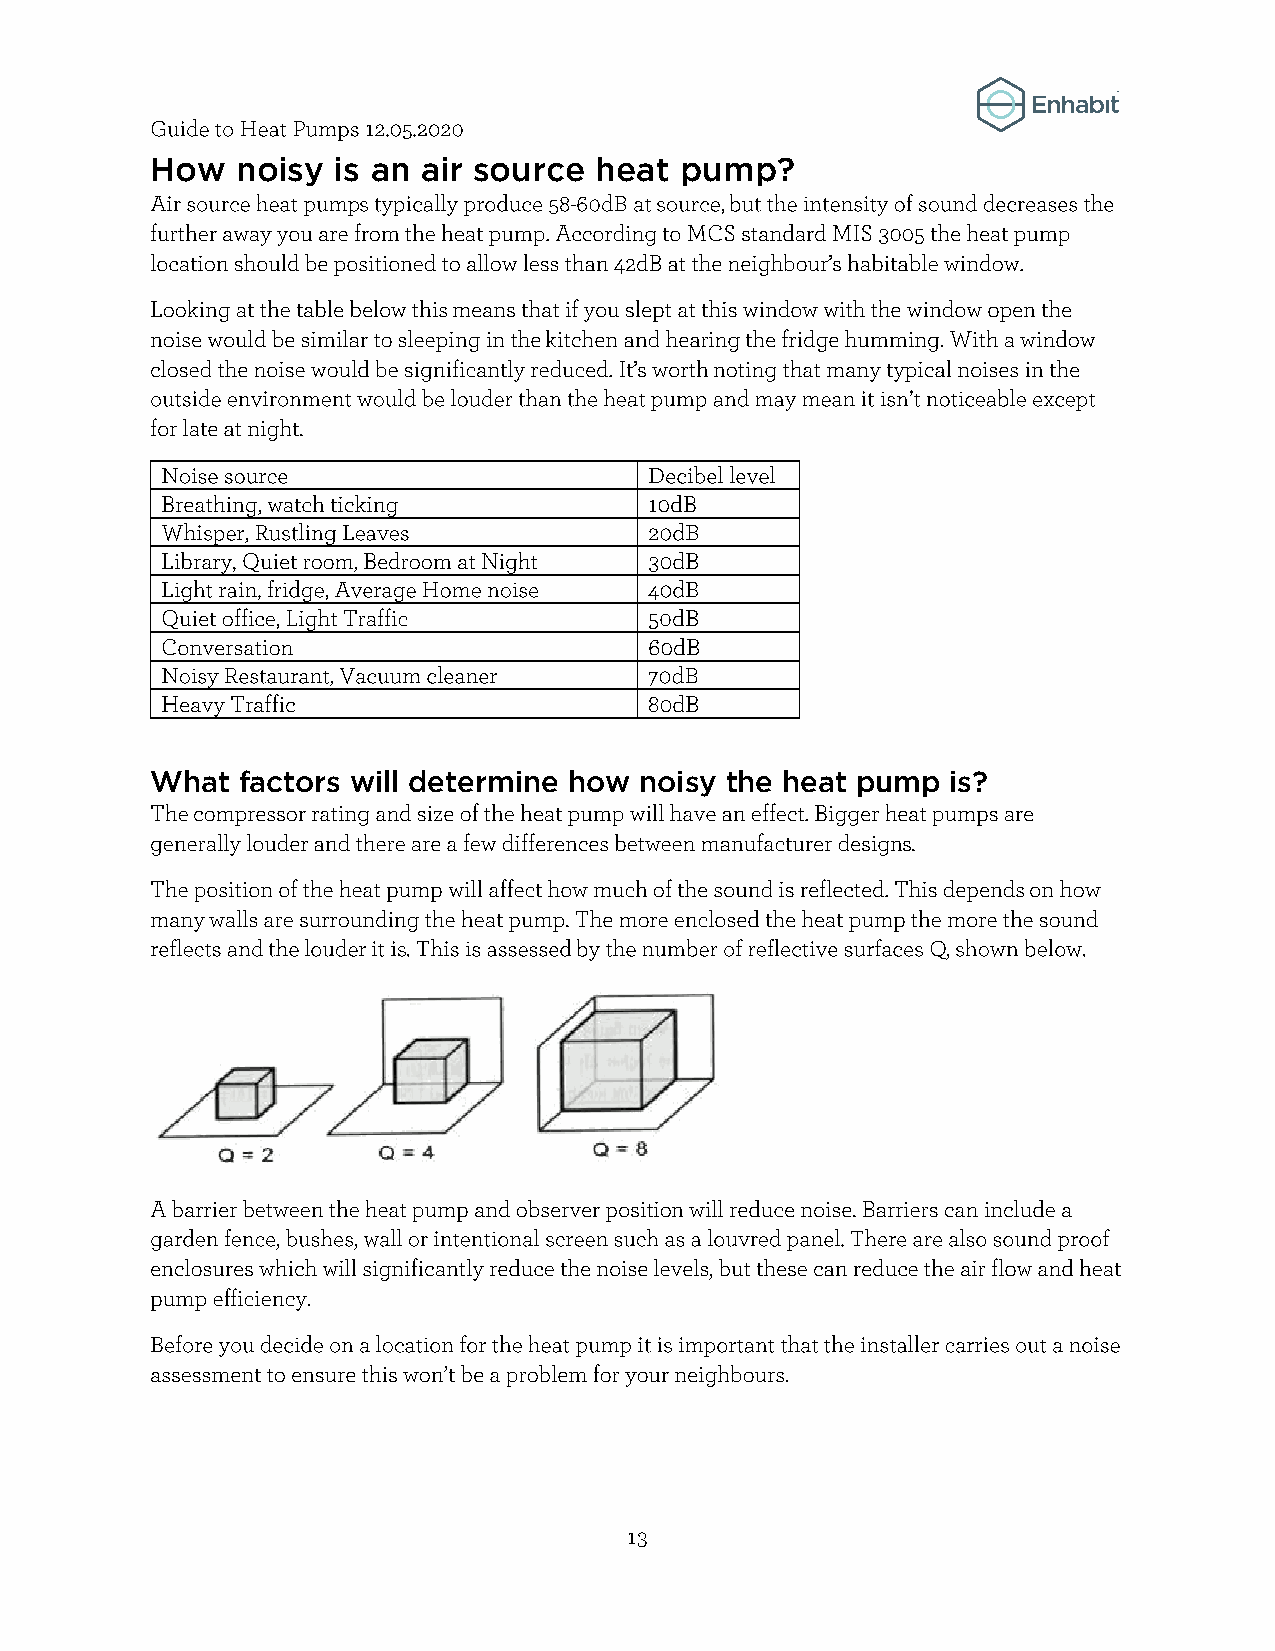
How   noisy is an air source heat  pump?
 What  factors will determine how noisy the heat pump is?